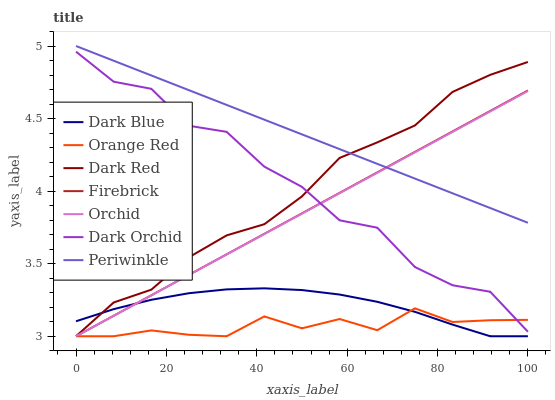
| xaxis_label | Dark Blue | Orange Red | Dark Red | Firebrick | Orchid | Dark Orchid | Periwinkle |
 | --- | --- | --- | --- | --- | --- | --- | --- |
 | 0 | 3.1 | 3 | 3 | 3 | 3 | 4.96 | 5 |
 | 8.33 | 3.19 | 3 | 3.23 | 3.14 | 3.14 | 4.75 | 4.9 |
 | 16.7 | 3.25 | 3.04 | 3.32 | 3.28 | 3.28 | 4.71 | 4.8 |
 | 25 | 3.3 | 3.01 | 3.54 | 3.42 | 3.42 | 4.45 | 4.7 |
 | 33.3 | 3.32 | 3 | 3.7 | 3.56 | 3.56 | 4.41 | 4.59 |
 | 41.7 | 3.33 | 3.14 | 3.77 | 3.71 | 3.7 | 4.17 | 4.49 |
 | 50 | 3.32 | 3.05 | 3.96 | 3.85 | 3.84 | 4.03 | 4.39 |
 | 58.3 | 3.29 | 3.12 | 4.23 | 3.99 | 3.99 | 3.8 | 4.29 |
 | 66.7 | 3.24 | 3.04 | 4.34 | 4.13 | 4.13 | 3.75 | 4.19 |
 | 75 | 3.17 | 3.19 | 4.45 | 4.27 | 4.27 | 3.48 | 4.09 |
 | 83.3 | 3.08 | 3.1 | 4.68 | 4.41 | 4.41 | 3.35 | 3.98 |
 | 91.7 | 3 | 3.11 | 4.8 | 4.55 | 4.55 | 3.31 | 3.88 |
 | 100 | 3 | 3.11 | 4.89 | 4.69 | 4.69 | 3.03 | 3.78 |